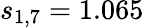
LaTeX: s_{1,7}=1.065